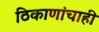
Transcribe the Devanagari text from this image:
ठिकाणांचाही